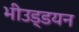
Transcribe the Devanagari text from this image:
भीउड्डयन